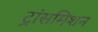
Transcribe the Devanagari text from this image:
ट्रांसमिशन